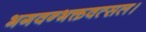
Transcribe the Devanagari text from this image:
भगवन्भक्तवत्सल।